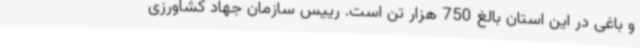
و باغی در این استان بالغ 750 هزار تن است. رییس سازمان جهاد کشاورزی